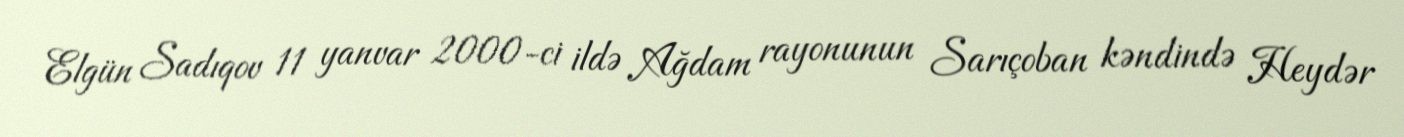
Elgün Sadıqov 11 yanvar 2000-ci ildə Ağdam rayonunun Sarıçoban kəndində Heydər